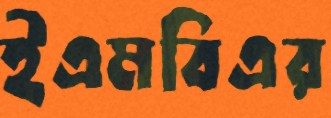
ইএমবিএর